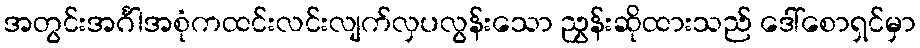
အတွင်းအင်္ဂါအစုံကထင်းလင်းလျက်လှပလွန်းသော ညွှန်းဆိုထားသည် ဒေါ်စောရှင်မှာ